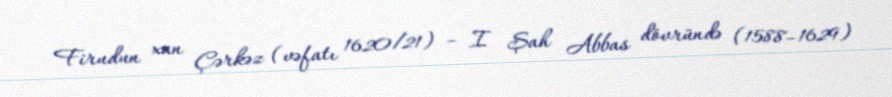
Firudun xan Çərkəz (vəfatı 1620/21) – I Şah Abbas dövründə (1588–1629)